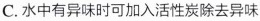
C.水中有异味时可加入活性炭除去异味